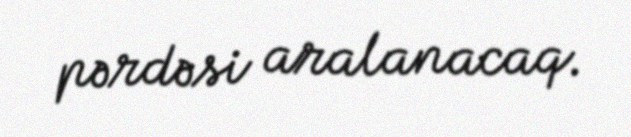
pərdəsi aralanacaq.